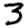
Digit: 3